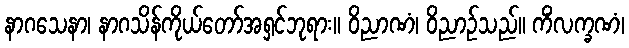
နာဂသေနာ၊ နာဂသိန်ကိုယ်တော်အရှင်ဘုရား။ ဝိညာဏံ၊ ဝိညာဉ်သည်။ ကိံလက္ခဏံ၊